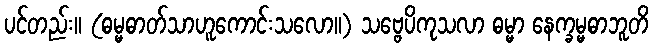
ပင်တည်း။ (ဓမ္မဓာတ်သာဟူကောင်းသလော။) သဗ္ဗေပိကုသလာ ဓမ္မာ နေက္ခမ္မဓာဘူတိ